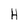
Character: H